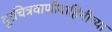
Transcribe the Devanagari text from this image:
दूरचित्रवाणीवाहिनीच्या